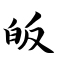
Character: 皈